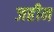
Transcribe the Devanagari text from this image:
जहीन